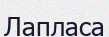
Лапласа